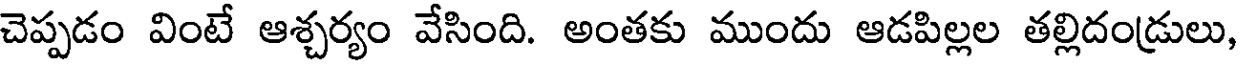
చెప్పడం వింటే ఆశ్చర్యం వేసింది. అంతకు ముందు ఆడపిల్లల తల్లిదండ్రులు,